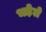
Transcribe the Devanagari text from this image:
भड़ेले